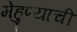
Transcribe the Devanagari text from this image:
मेहुण्याची